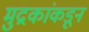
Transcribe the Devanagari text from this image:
मुद्रकांकडून